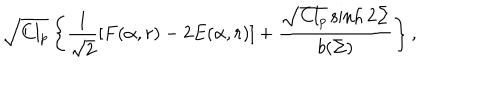
\sqrt { C l _ { p } } \left\{ \frac { 1 } { \sqrt { 2 } } \left[ F ( \alpha , r ) - 2 E ( \alpha , r ) \right] + \frac { \sqrt { C l _ { p } } \sinh 2 \Sigma } { b ( \Sigma ) } \right\} ,